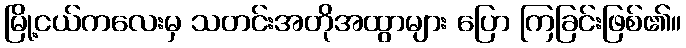
မြို့ငယ်ကလေးမှ သတင်းအတိုအထွာများ ပြော ကြခြင်းဖြစ်၏။